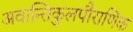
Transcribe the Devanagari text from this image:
अवान्तिकुलपौराणिक